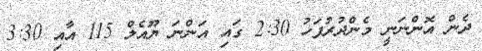
ދެން އޮންނަނީ މެންދުރުފަހު 2:30 ގައި އަންނަ ޔޫއެލް 115 އާއި 3:30